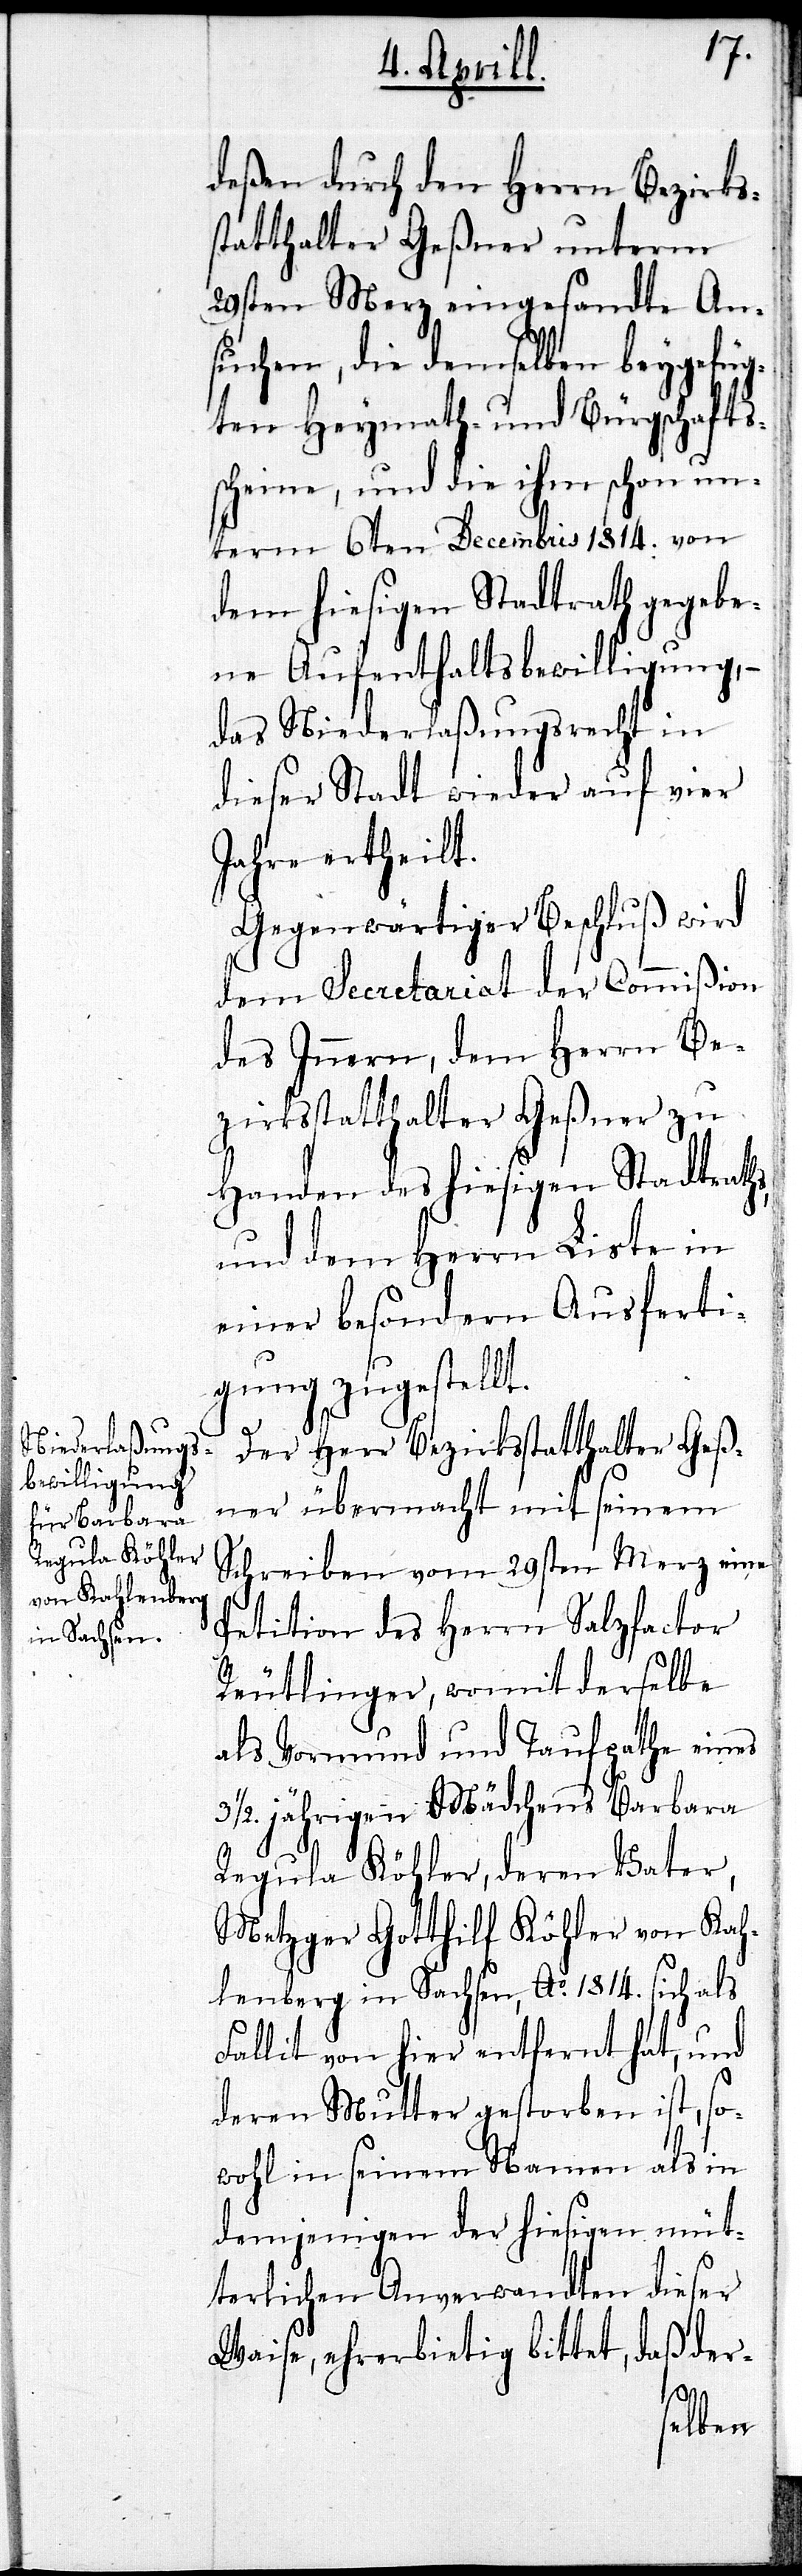
deßen durch den Herrn Bezirks¬
statthalter Geßner unterm
29sten Merz eingesandtes An¬
suchen, die demselben beygefüg¬
ten Heymath- und Bürgschafts¬
scheine, und die ihm schon un¬
term 6ten Decembris 1814. von
dem hiesigen Stadtrath gegebe¬
ne Aufenthaltsbewilligung, –
das Niederlaßungsrecht in
dieser Stadt wieder auf vier
Jahre ertheilt.
Gegenwärtiger Beschluß wird
dem Secretariat der Commißion
des Innern, dem Herrn Be¬
zirksstatthalter Geßner zu
Handen des hiesigen Stadtrath¬
und dem Herrn Liste in
einer besondern Ausferti¬
gung zugestellt.
Der Herr Bezirksstatthalter Geß¬
ner übermacht mit seinem
Schreiben vom 29sten Merz eine
Petition des Herrn Salzfactor
Reutlinger, womit derselbe
als Vormund und Taufpathe eines
3½. jährigen Mädchens Barbara
Regula Köhler, deren Vater,
Metzger Gotthilf Köhler von Kah¬
lenberg in Sachsen, Ao. 1814. sich als
Fallit von hier entfernt hat, und
deren Mutter gestorben ist, so¬
wohl in seinem Namen als in
demjenigen der hiesigen müt¬
terlichen Anverwandten dieser
Waise, ehrerbietig bittet, daß der-
s,